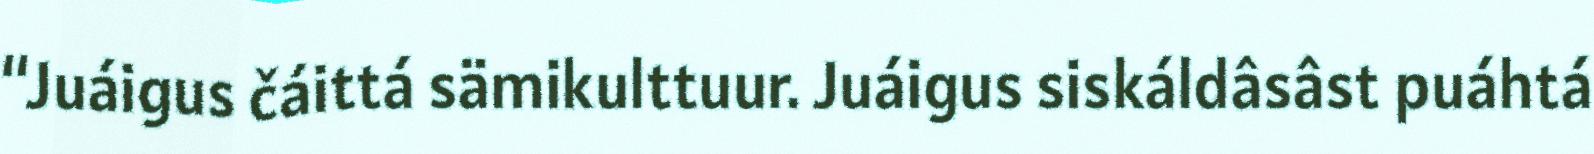
“Juáigus čáittá sämikulttuur. Juáigus siskáldâsâst puáhtá